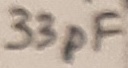
Text: 33pF